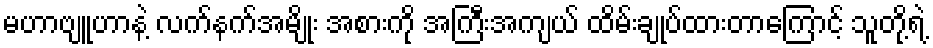
မဟာဗျူဟာနဲ့ လက်နက်အမျိုး အစားကို အကြီးအကျယ် ထိမ်းချုပ်ထားတာကြောင့် သူတို့ရဲ့